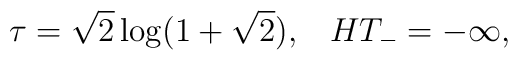
\tau=\sqrt{2}\log(1+\sqrt{2}),\;\;\;HT_-=-\infty.